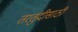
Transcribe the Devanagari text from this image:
तरतुदीसाठी